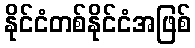
နိုင်ငံတစ်နိုင်ငံအဖြစ်